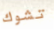
تشوك